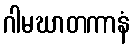
ဂါမဃာတကာနံ